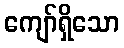
ကျော်ရှိသော